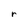
Character: r